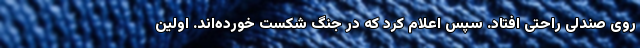
روی صندلی راحتی افتاد. سپس اعلام کرد که در جنگ شکست خورده‌اند. اولین